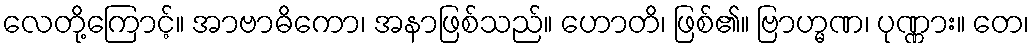
လေတို့ကြောင့်။ အာဗာဓိကော၊ အနာဖြစ်သည်။ ဟောတိ၊ ဖြစ်၏။ ဗြာဟ္မဏ၊ ပုဏ္ဏား။ တေ၊